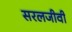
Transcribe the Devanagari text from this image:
सरलजीवी